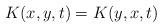
LaTeX: \begin{align*} K(x,y,t) = K(y,x,t)\end{align*}